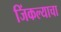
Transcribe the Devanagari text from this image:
जिंकल्याचा